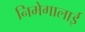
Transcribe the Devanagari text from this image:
निमेगालाई